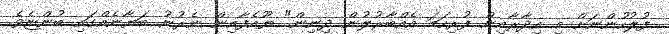
ފުލުހުންނަށް މި އިދާރާއިން ފުރިހަމަ އެއްބާރުލުން ދިނިން" ޔޫއެފާއިން ނެރުނު ބަޔާނެއްގައި ބުންޏެވެ.